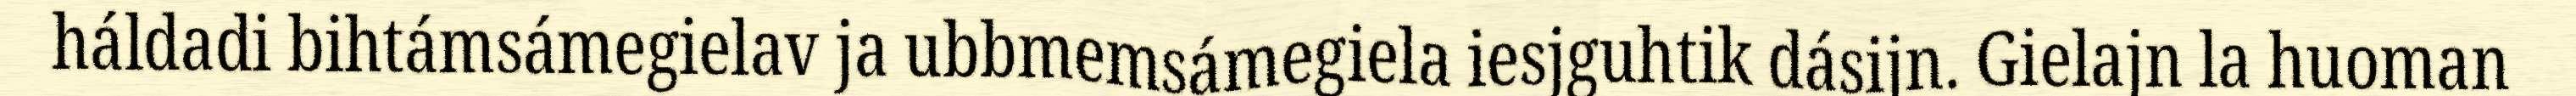
háldadi bihtámsámegielav ja ubbmemsámegiela iesjguhtik dásijn. Gielajn la huoman